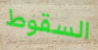
السقوط